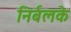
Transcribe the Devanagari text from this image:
निर्बलके